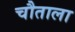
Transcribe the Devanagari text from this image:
चौताला